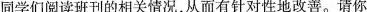
同学们阅读班刊的相关情况，从而有针对性地改善。请你